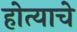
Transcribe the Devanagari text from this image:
होत्याचे